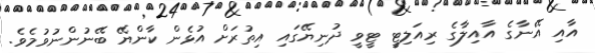
އާއި އޭނާގެ އާއިލާގެ ރިއަލިޓީ ޓީވީ ދުނިޔޭގައި އިތުރަށް އުޅެން ކާންޔޭ ބޭނުންނުވުމެވެ.